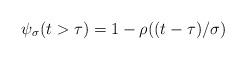
LaTeX: \begin{align*}\psi_\sigma({t}>\tau)=1-\rho(({t}-\tau)/\sigma)\end{align*}